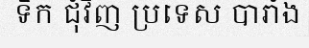
ទឹក ជុំវិញ ប្រទេស បារាំង